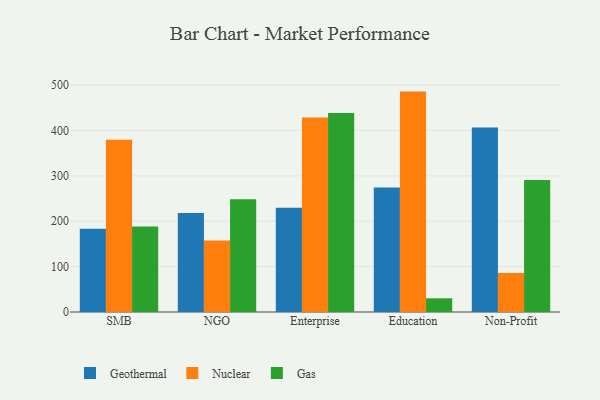
{"axis": {"x": "Segment", "y": "Latency (ms)"}, "legend": ["Gas", "Geothermal", "Nuclear"], "data": [{"x": "SMB", "y": 183.3, "type": "Geothermal"}, {"x": "SMB", "y": 379.7, "type": "Nuclear"}, {"x": "SMB", "y": 188.4, "type": "Gas"}, {"x": "NGO", "y": 218.3, "type": "Geothermal"}, {"x": "NGO", "y": 157.8, "type": "Nuclear"}, {"x": "NGO", "y": 248.3, "type": "Gas"}, {"x": "Enterprise", "y": 229.9, "type": "Geothermal"}, {"x": "Enterprise", "y": 428.4, "type": "Nuclear"}, {"x": "Enterprise", "y": 438.5, "type": "Gas"}, {"x": "Education", "y": 274.3, "type": "Geothermal"}, {"x": "Education", "y": 485.6, "type": "Nuclear"}, {"x": "Education", "y": 30.2, "type": "Gas"}, {"x": "Non-Profit", "y": 406.5, "type": "Geothermal"}, {"x": "Non-Profit", "y": 85.8, "type": "Nuclear"}, {"x": "Non-Profit", "y": 290.6, "type": "Gas"}]}